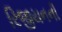
રિજીયનની